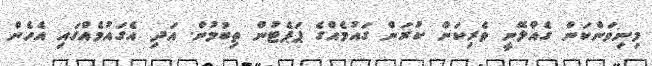
މިނިވަންކަން ގެއްލޭނީ ވެރިކަން ކުރަން ގައުމެއްގެ ޕަޕެޓުން ތިބުމުން. އަދި އެގައުމެއްގައި އެހެން